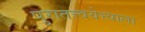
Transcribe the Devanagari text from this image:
पुरातत्त्ववेत्त्याला